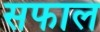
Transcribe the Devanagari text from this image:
सफाल